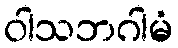
ဝါသဘဂါမံ